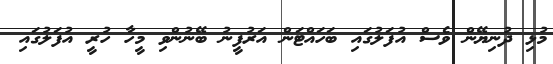
މުޅި ދުނިޔޭން ވެސް އުފަލުގައި ބަހައްޓަން އަރުފީނު ބޭނުންވި މީހާ ހުރީ އުފަލުގައި